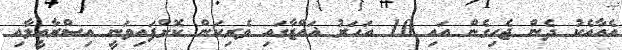
އެއާއެކު ދެން ޖެހިގެން އައި 10 އަހަރު ޣައްޒާގައި ވެރިކަން ކޮށްފައިވަނީ އިސްރާއީލާއި